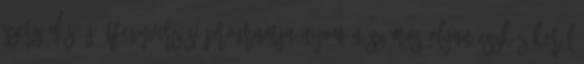
Szerződés új átfegyverzési programja nyomán számos olyan eszköz kerül